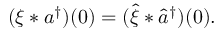
( \xi * a ^ { \dag } ) ( 0 ) = ( \hat { \xi } * \hat { a } ^ { \dag } ) ( 0 ) .